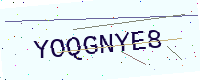
Text: YOQGNYE8